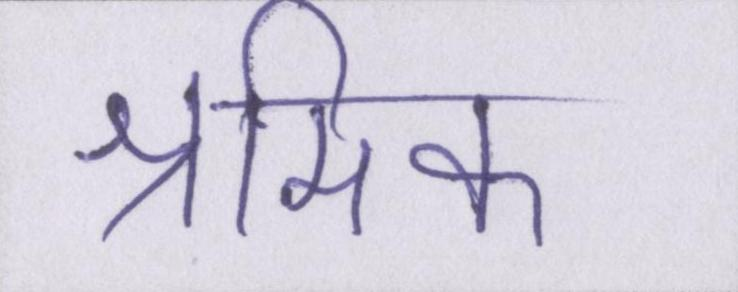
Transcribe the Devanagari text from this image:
श्रमिक